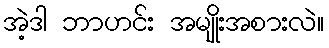
အဲ့ဒါ ဘာဟင်း အမျိုးအစားလဲ။